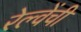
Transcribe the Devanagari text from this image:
रेल्वेंची